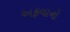
અફવાનો